Report on vaccination in Madras 1877-1894 - 1877-1894
Year: 1877
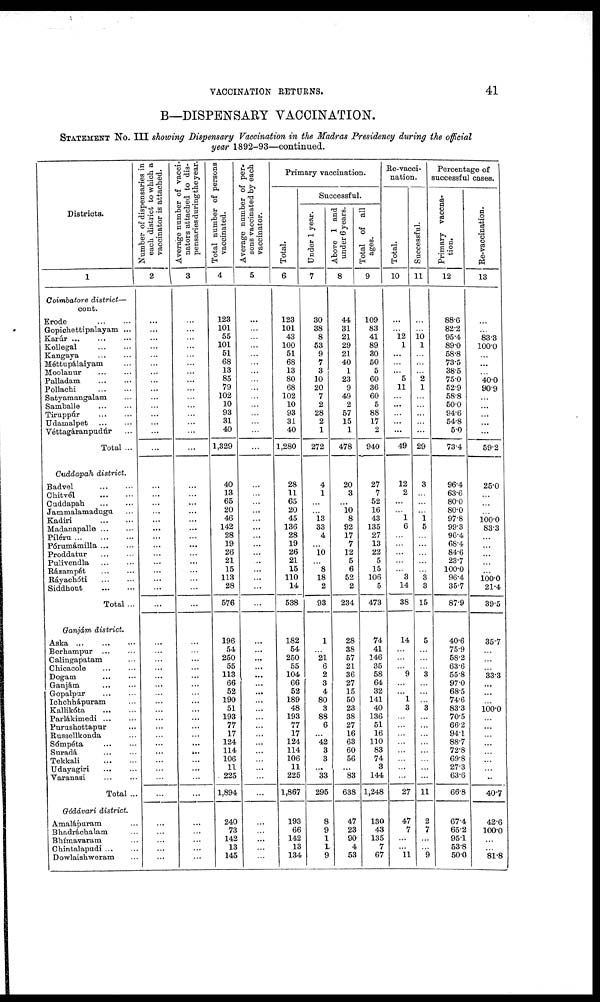
VACCINATION RETURNS.
41
B—DISPENSARY VACCINATION.
STATEMENT No. III showing Dispensary Vaccination in the Madras Presidency during the official
year 1892-93—continued.
Districts.
1
Coimbatore district—
cont.
Erode...
...
Gopichettipalayam ...
Karúr...
...
...
Kollegal...
...
Kangaya... ...
Méttupálaiyam...
Moolanur...
...
Palladam...
...
Pollachi...
...
Satyamangalam...
Samballe...
...
Tiruppúr...
...
Udamalpet... ...
Véttagáranpudúr...
Total ...
Cuddapah district.
Badvel...
...
Chitvél...
...
Cuddapah...
...
Jammalamadugu...
Kadiri... ...
Madanapalle...
...
Píléru...
...
...
Pórumámilla... ...
Proddatur...
...
Pulivendla... ...
Rázampét...
...
Ráyachóti...
...
Siddhout...
...
Total ...
Ganjám district.
Aska... ... ...
Berhampur...
...
Calingapatam...
Chicacole...
...
Dogam...
...
Ganjám... ...
Gopalpur... ...
Ichchhápuram...
Kallikóta...
...
Parlákimedi...
...
Purushottapur...
Russellkonda...
Sómpéta... ...
Suradá... ...
Tekkali...
...
Udayagiri...
...
Varanasi...
...
Total ...
Gódávari district.
Amalápuram...
Bhadráchalam...
Bhímavaram...
Chintalapudi...
...
Dowlaishweram...
Number of dispensaries in
each district to which a
vaccinator is attached.
2
...
...
...
...
...
...
...
...
...
...
...
...
...
...
...
...
...
...
...
...
...
...
...
...
...
...
...
...
...
...
...
...
...
...
...
...
...
...
...
...
...
...
...
...
...
...
...
...
...
...
...
...
Average number of vacci¬
nators attached to dis-
pensaries during the year.
3
...
...
...
...
...
...
...
...
...
...
...
...
...
...
...
...
...
...
...
...
...
...
...
...
...
...
...
...
...
...
...
...
...
...
...
...
...
...
...
...
...
...
...
...
...
...
...
...
...
...
...
...
Total number of persons
vaccinated.
4
123
101
55
101
51
68
13
85
79
102
10
93
31
40
1,329
40
13
65
20
46
142
28
19
26
21
15
113
28
576
196
54
250
55
113
66
52
190
51
193
77
17
124
114
106
11
225
1,894
240
73
142
13
145
Average number of per-
sons vaccinated by each
vaccinator.
5
...
...
...
...
...
...
...
...
...
...
...
...
...
...
...
...
...
...
...
...
...
...
...
...
...
...
...
...
...
...
...
...
...
...
...
...
...
...
...
...
...
...
...
...
...
...
...
...
...
...
...
...
Primary vaccination.
Total.
6
123
101
43
100
51
68
13
80
68
102
10
93
31
40
1,280
28
11
65
20
45
136
28
19
26
21
15
110
14
538
182
54
250
55
104
66
52
189
48
193
77
17
124
114
106
11
225
1,867
193
66
142
13
134
Successful.
Under 1 year.
7
30
38
8
53
9
7
3
10
20
7
2
28
2
1
272
4
1
...
...
13
33
4
...
10
...
8
18
2
93
1
...
21
6
2
3
4
80
3
88
6
... 42
3
3
...
33
295
8
9
1
1
9
Above 1 and
under 6 years.
8
44
31
21
29
21
40
1
23
9
49
2
57
15
1
478
20
3
...
10
8
92
17
7
12
5
6
52
2
234
28
38
57
21
36
27
15
50
23
38
27
16
63
60
56
...
83
638
47
23
90
4
53
Total of all
ages.
9
109
83
41
89
30
50
5
60
36
60
5
88
17
2
940
27
7
52
16
43
135
27
13
22
5
15
106
5
473
74
41
146
35
58
64
32
141
40
136
51
16
110
83
74
3
144
1,248
130
43
135
7
67
Re-vacci-
nation.
Total.
10
...
...
12
1
...
...
... 5
11
...
...
...
...
...
49
12
2
...
...
1
6
...
...
...
...
...
3
14
38
14
...
...
... 9
...
...
1
3
...
...
...
...
...
...
...
...
27
47
7
...
...
11
Successful.
11
...
...
10 1
...
...
...
2
1
...
...
...
...
...
29
3
...
...
...
1 5
...
...
...
...
...
3
3
15
5
...
...
... 3
...
...
...
3
...
...
...
...
...
...
...
...
11
2
7
...
...
9
Percentage of
successful cases.
Primary vaccna-
tion.
12
88.6
82.2
95.4
89.0
58.8
73.5
38.5
75.0
52.9
58.8
50.0
94.6
54.8
5.0
73.4
96.4
63.6
80.0
80.0
97.8
99.3
96.4
68.4
84.6
23.7
100.0
96.4
35.7
87.9
40.6
75.9
58.2
63.6
55.8
97.0
68.5
74.6
83.3
70.5
66.2
94.1
88.7
72.8
69.8
27.3
63.6
66.8
67.4
65.2
95.1
53.8
50.0
Re-vaccination.
13
...
...
83.3
100.0
...
...
... 40.0
90.9
...
...
...
...
...
59.2
25.0
...
...
...
100.0 83.3
...
...
...
...
...
100.0 21.4
39.5
35.7
...
...
... 33.3
...
...
...
100.0
...
...
...
...
...
...
...
...
40.7
42.6
100.0
...
...
81.8